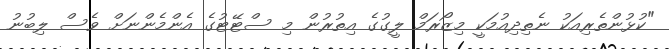
"ކުޅުންތެރިއަކު ނެތިދިއުމަކީ މިޒޯރަމް ލީގުގެ އިތުރުން މި ސްޓޭޓުގެ އެންމެންނަށް ވެސް ލިބުނު